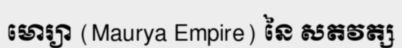
មោរ្យា (Maurya Empire) នៃ សតវត្ស